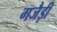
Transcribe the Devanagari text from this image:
गजैड़ी